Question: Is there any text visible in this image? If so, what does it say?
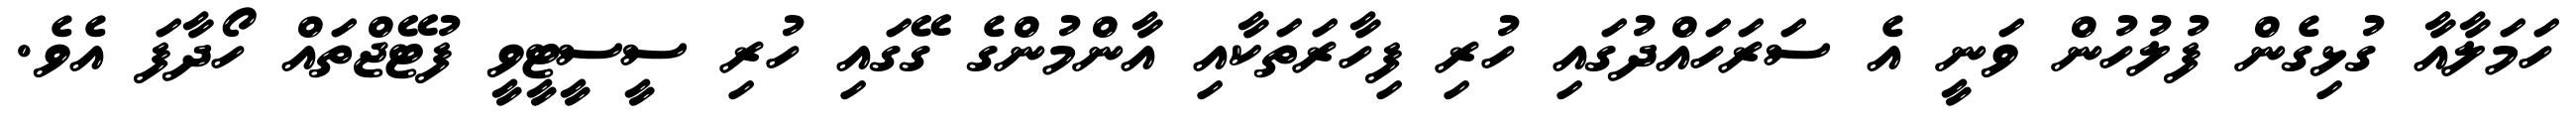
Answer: ހަމަލާއާ ގުޅިގެން ފުލުހުން ވަނީ އެ ސަރަހައްދުގައި ހުރި ފިހާރަތަކާއި އާންމުންގެ ގޭގައި ހުރި ސީސީޓީވީ ފުޓޭޖްތައް ހޯދާފަ އެވެ.